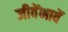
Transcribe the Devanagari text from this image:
जीवेंभावें